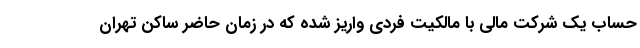
حساب یک شرکت مالی با مالکیت فردی واریز شده که در زمان حاضر ساکن تهران